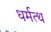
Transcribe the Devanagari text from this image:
धर्मत्थ